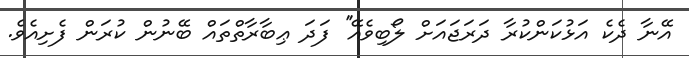
އޭނާ ދެކެ އަޅުކަންކުރާ ދަރަޖައަށް ލޯބިވެއޭ'' ފަދަ ޢިބާރާތްތައް ބޭނުން ކުރަން ފެށިއެވެ.